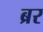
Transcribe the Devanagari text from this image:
ब्रर